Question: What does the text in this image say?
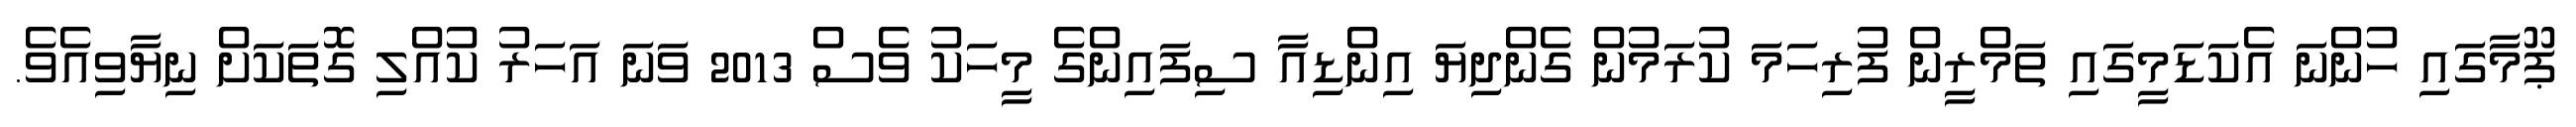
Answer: ޕޫމާގައި ހުންނަ އެކަޑަމީގައި ތަމްރީން ފުރިހަމަ ކުރަމުން ގެންދިޔަ އިންޑިއާ ސިފައިންގެ މީހަކު ވެސް 2013 ވަނަ އަހަރު ކުއްލި ގޮތަކަށް ނިޔާވިއެވެ.